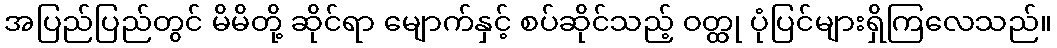
အပြည်ပြည်တွင် မိမိတို့ ဆိုင်ရာ မျောက်နှင့် စပ်ဆိုင်သည့် ဝတ္ထု ပုံပြင်များရှိကြလေသည်။